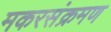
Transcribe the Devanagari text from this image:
मकरसंक्रमण